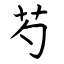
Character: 芍